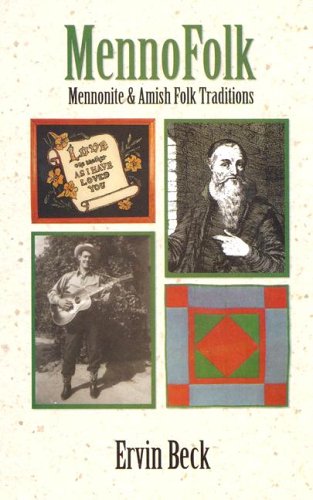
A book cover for Mennofolk: Mennonite And Amish Folk Traditions (Studies in Anabaptist and Mennonite History); Ervin Beck; Christian Books & Bibles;